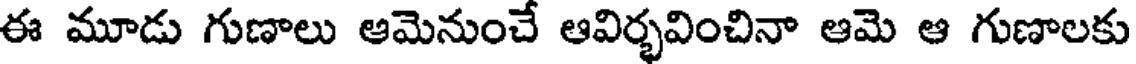
ఈ మూడు గుణాలు ఆమెనుంచే ఆవిర్భవించినా ఆమె ఆ గుణాలకు